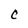
Character: C